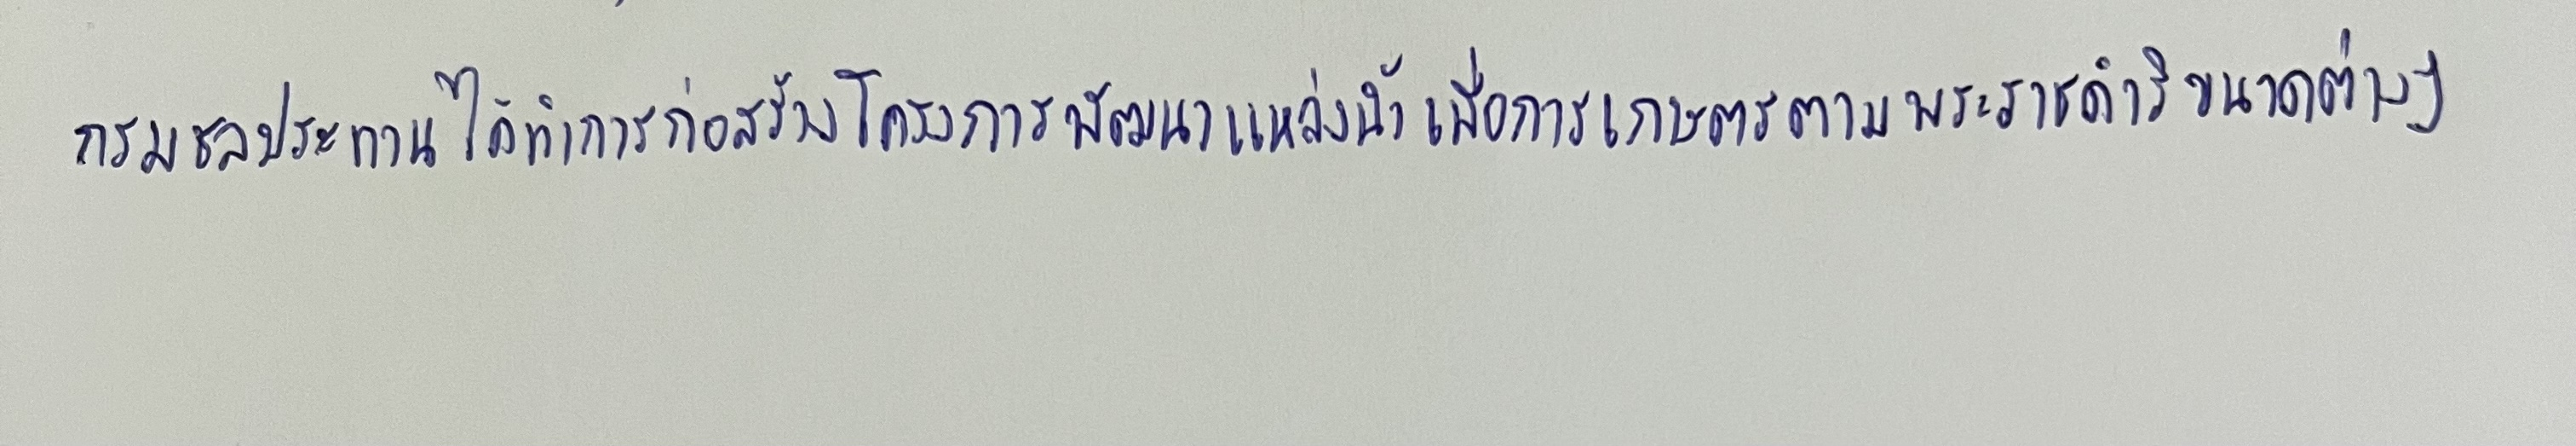
กรมชลประทานได้ทำการก่อสร้างโครงการพัฒนาแหล่งน้ำเพื่อการเกษตรตามพระราชดำริขนาดต่างๆ